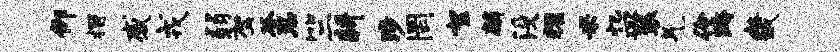
仰摺感戎弱驾谷恩竺耕涉罔絮麟没耀米忆皿装气伶跨畿